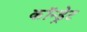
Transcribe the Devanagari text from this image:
कॉन्ड्रेट